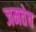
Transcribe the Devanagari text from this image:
जमतेच